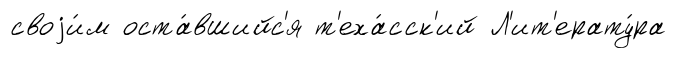
своjи́м оста́вшийс'я т'еха́сск'ий Л'ит'ерату́ра